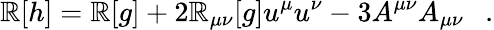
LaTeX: \mathbb{R}[h]=\mathbb{R}[g]+2\mathbb{R}_{\mu\nu}[g]u^{\mu}u^{\nu}-3A^{\mu\nu}A_{\mu\nu}~~~.